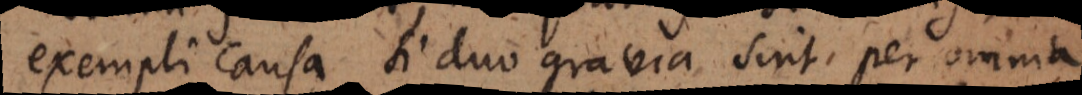
exempli causa si duo gravia sint per omnia